Vaccination Hyderabad 1872-1889 - 1872-1889
Year: 1872
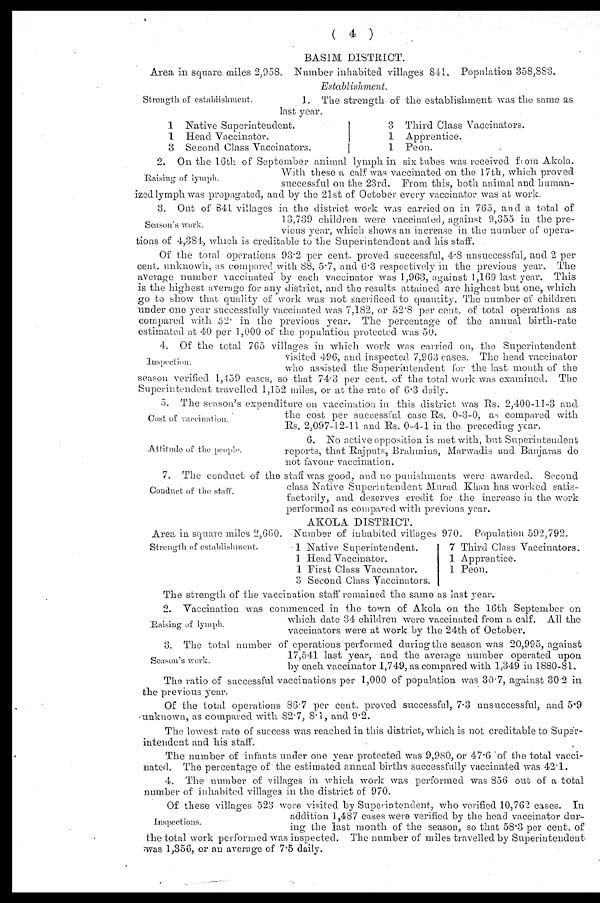
( 4 )
BASIM DISTRICT.
Area in square miles 2,958. Number inhabited villages 841. Population 358,883.
Strength of establishment.
Establishment.
1. The strength of the establishment was the same as
last year.
1 Native Superintendent.
1 Head Vaccinator.
3 Second Class Vaccinators.
3 Third Class Vaccinators.
1 Apprentice.
1 Peon.
Raising of lymph.
2. On the 16th of September animal lymph in six tubes was received from Akola..
With these a calf was vaccinated on the 17th, which proved
successful on the 23rd. From this, both animal and human-
ized lymph was propagated, and by the 21st of October every vaccinator was at work.
Season's work.
3. Out of 841 villages in the district work was carried on in 765, and a total of
13,739 children were vaccinated, against 9,355 in the pre-
vious year, which shows an increase in the number of opera-
tions of 4,384, which is creditable to the Superintendent and his staff.
Of the total operations 93.2 per cent. proved successful, 4.8 unsuccessful, and 2 per
cent. unknown, as compared with 88, 5.7, and 6.3 respectively in the previous year. The
average number vaccinated' by each vaccinator was 1,963, against 1,169 last year. This
is the highest average for any district, and the results attained are highest but one, which
go to show that quality of work was not sacrificed to quantity. The number of children
under one year successfully vaccinated was 7,182, or 52.8 per cent. of total operations as
compared with 52. in the previous year. The percentage of the annual birth-rate
estimated at 40 per 1,000 of the population protected was 50.
Inspection.
4. Of the total 765 villages in which work was carried on, the Superintendent
visited 496, and inspected 7,963 cases. The head vaccinator
who assisted the Superintendent for the last month of the
season verified 1,459 cases, so that 74.3 per cent. of the total work was examined. The
Superintendent travelled 1,152 miles, or at the rate of 6.3 daily.
Cost of vaccination.
5. The season's expenditure on vaccination in this district was Rs. 2,400-11-3 and
the cost per successful case Rs. 0-3-0, as compared with
Rs. 2,097-12-11 and Rs. 0-4-1 in the preceding year.
Attitude of the people.
6. No active opposition is met with, but Superintendent
reports, that Rajputs, Brahmins, Marwadis and Banjaras do
not favour vaccination.
Conduct of the staff.
7. The conduct of the staff was good, and no punishments were awarded. Second
class Native (Superintendent Murad Khan has worked satis-
factorily, and deserves credit for the increase in the work
performed as compared with previous year.
Area in square miles 2,660.
Strength of establishment.
AKOLA DISTRICT.
Number of inhabited villages 970. Population 592,792.
1
1
1
3
Native Superintendent.
Head Vaccinator.
First Class Vaccinator.
Second Class Vaccinators.
7
1
1
Third Class Vaccinators.
Apprentice.
Peon.
The strength of the vaccination staff remained the same as last year.
Raising of lymph.
2. Vaccination was commenced in the town of Akola on the 16th September on
which date 34 children were vaccinated from a calf. All the
vaccinators were at work by the 24th of October.
Season's work.
3. The total number of operations performed during the season was 20,995, against
17,541 last year, and the average number operated upon
by each vaccinator 1,749, as compared with 1,349 in 1880-81.
The ratio of successful vaccinations per 1,000 of population was 3.07, against 30.2 in
the previous year.
Of the total operations 86.7 per cent. proved successful, 7.3 unsuccessful, and 5.9
unknown, as compared with 82.7, 8.1, and 9.2.
The lowest rate of success was reached in this district, which is not creditable to Super-
intendent and his staff.
The number of infants under one year protected was 9,980, or 47.6 of the total vacci-
nated. The percentage of the estimated annual births successfully vaccinated was 42.1.
4. The number of villages in which work was performed was 856 out of a total
number of inhabited villages in the district of 970.
Inspections.
Of these villages 523 were visited by Superintendent, who verified 10,762 cases. In
addition 1,487 cases were verified by the head vaccinator dur-
ing the last month of the season, so that 58.3 per cent. of
the total work performed was inspected. The number of miles travelled by Superintendent
was 1,356, or an average of 7.5 daily.